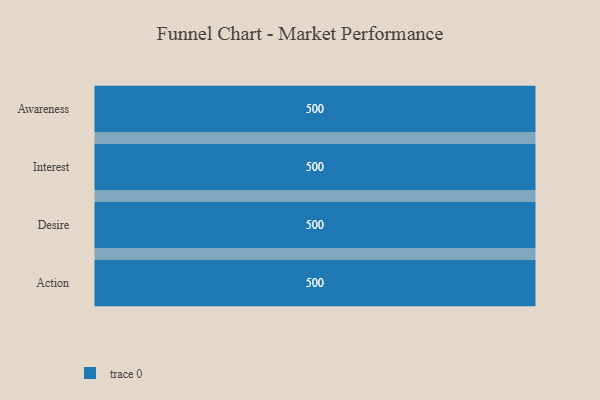
{"axis": {"x": "Stage", "y": "Value"}, "legend": [""], "data": [{"x": "Awareness", "y": 500, "type": ""}, {"x": "Interest", "y": 500, "type": ""}, {"x": "Desire", "y": 500, "type": ""}, {"x": "Action", "y": 500, "type": ""}]}